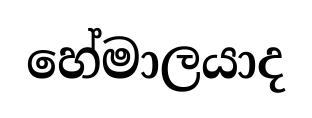
හේමාලයාද